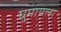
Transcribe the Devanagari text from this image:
घुमायला